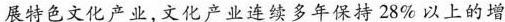
展特色文化产业，文化产业连续多年保持28%以上的增